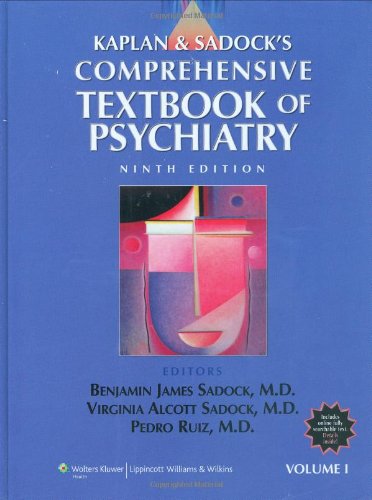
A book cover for Kaplan and Sadock's Comprehensive Textbook of Psychiatry (2 Volume Set); Health, Fitness & Dieting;